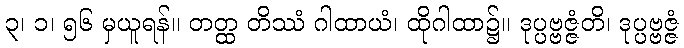
၃၊ ၁၊ ၅၆ မှယူရန်။ တတ္ထ တိဿံ ဂါထာယံ၊ ထိုဂါထာ၌။ ဒုပ္ပဗ္ဗဇ္ဇံတိ၊ ဒုပ္ပဗ္ဗဇ္ဇံ